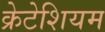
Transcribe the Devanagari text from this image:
क्रेटेशियम